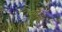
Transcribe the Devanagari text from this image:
स्पेश्ल्स